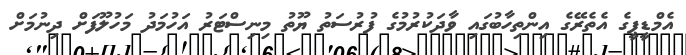
އެމްޑީޕީގެ އެތެރޭގެ އިންތިހާބުގައި ވާދަކުރުމުގެ ފުރުސަތު ޔޫތު މިނިސްޓަރު އަހުމަދު މަހުލޫފަށް ދިނުމަށް